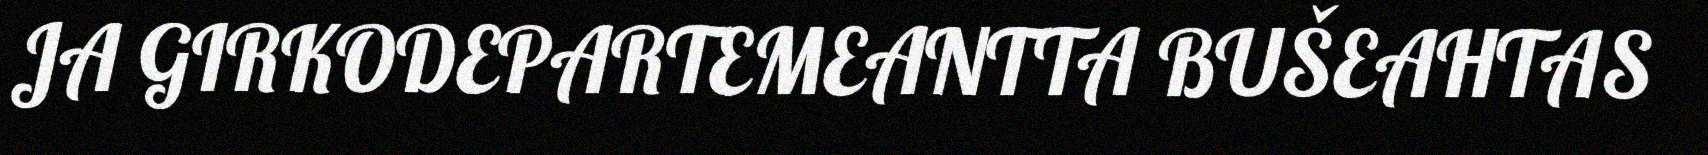
JA GIRKODEPARTEMEANTTA BUŠEAHTAS